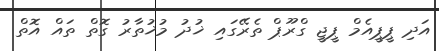
އަދި ޕީޕީއެމް ޕީޖީ ގްރޫޕް ތެރޭގައި ޚުދު މުޚުތާރު ގޮތް ތައް އޮތް